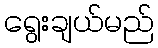
ရွေးချယ်မည်